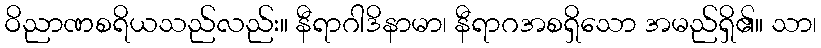
ဝိညာဏစရိယသည်လည်း။ နီရာဂါဒိနာမာ၊ နီရာဂအစရှိသော အမည်ရှိ၏။ သာ၊